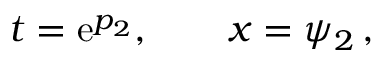
t = \mathrm { e } ^ { p _ { 2 } } , \qquad x = \psi _ { 2 } \, ,